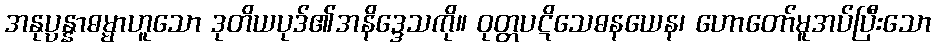
အနုပ္ပန္နာဓမ္မာဟူသော ဒုတိယပုဒ်၏အနိဒ္ဒေသကို။ ဝုတ္တပဋိသေဓနယေန၊ ဟောတော်မူအပ်ပြီးသော